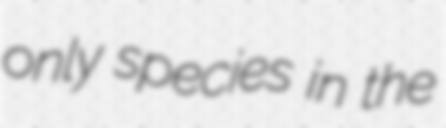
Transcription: only species in the